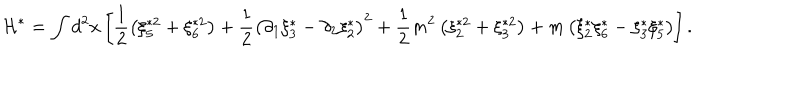
LaTeX: \mathcal { H } ^ { \ast } = \int d ^ { 2 } x \left[ \frac { 1 } { 2 } \left( \xi _ { 5 } ^ { \ast 2 } + \xi _ { 6 } ^ { \ast 2 } \right) + \frac { 1 } { 2 } \left( \partial _ { 1 } \xi _ { 3 } ^ { \ast } - \partial _ { 2 } \xi _ { 2 } ^ { \ast } \right) ^ { 2 } + \frac { 1 } { 2 } m ^ { 2 } \left( \xi _ { 2 } ^ { \ast 2 } + \xi _ { 3 } ^ { \ast 2 } \right) + m \left( \xi _ { 2 } ^ { \ast } \xi _ { 6 } ^ { \ast } - \xi _ { 3 } ^ { \ast } \xi _ { 5 } ^ { \ast } \right) \right] .